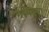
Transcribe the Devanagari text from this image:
ग्रंथिनुमा